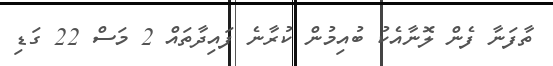
ތާފަނާ ފެން ލޮނާއެކު ބުއިމުން ކުރާނެ ފައިދާތައް 2 މަސް 22 ގަޑި